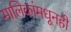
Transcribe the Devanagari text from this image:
मालिकांमधूनही